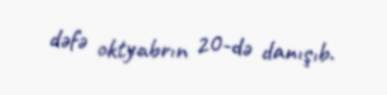
dəfə oktyabrın 20-də danışıb.